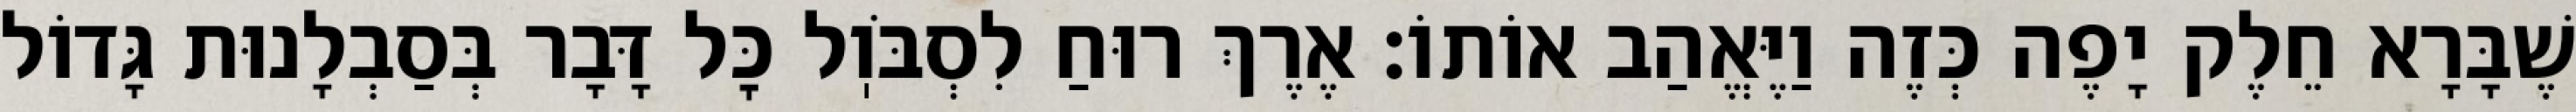
שֶׁבָּרָא חֵלֶק יָפֶה כְּזֶה וַיֶּאֱהַב אוֹתוֹ: אֶרֶךְ רוּחַ לִסְבֹּוֽל כׇּל דָּבָר בְּסַבְלָנוּת גָּדוֹל